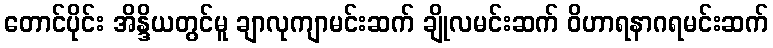
တောင်ပိုင်း အိန္ဒိယတွင်မူ ချာလုကျာမင်းဆက် ချိုလမင်းဆက် ဝိဟာရနာဂရမင်းဆက်